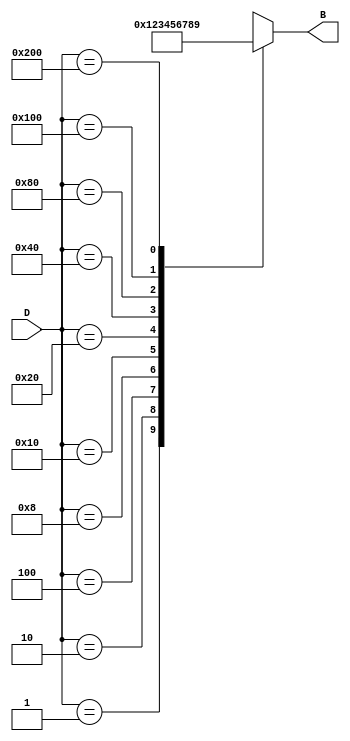
module DecimalToBinaryEncoder (
    input wire [9:0] D,  // 10 input lines
    output reg [3:0] B   // 4-bit output
);

// Combinational logic to determine the output based on the active input
always @(*) begin
    case (D)
        10'b0000000001: B = 4'b0000; // D0
        10'b0000000010: B = 4'b0001; // D1
        10'b0000000100: B = 4'b0010; // D2
        10'b0000001000: B = 4'b0011; // D3
        10'b0000010000: B = 4'b0100; // D4
        10'b0000100000: B = 4'b0101; // D5
        10'b0001000000: B = 4'b0110; // D6
        10'b0010000000: B = 4'b0111; // D7
        10'b0100000000: B = 4'b1000; // D8
        10'b1000000000: B = 4'b1001; // D9
        default:        B = 4'bXXXX; // Invalid condition (no inputs high or multiple inputs high)
    endcase
end

endmodule